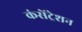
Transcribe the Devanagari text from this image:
कंसेंट्रेशन